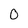
Character: 0